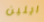
ايلين